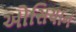
ઓસિયાન